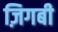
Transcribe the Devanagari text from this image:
ज़िगबी